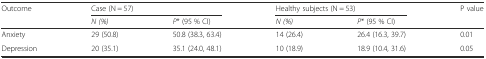
<table><thead><tr><td><b>Outcome</b></td><td colspan="2"><b>Case (N = 57)</b></td><td colspan="2"><b>Healthy subjects (N = 53)</b></td><td><b>P value</b></td></tr><tr><td></td><td><b><i>N (%)</i></b></td><td><b><i>P</i>* (95 % CI)</b></td><td><b><i>N (%)</i></b></td><td><b><i>P</i>* (95 % CI)</b></td><td></td></tr></thead><tbody><tr><td>Anxiety</td><td>29 (50.8)</td><td>50.8 (38.3, 63.4)</td><td>14 (26.4)</td><td>26.4 (16.3, 39.7)</td><td>0.01</td></tr><tr><td>Depression</td><td>20 (35.1)</td><td>35.1 (24.0, 48.1)</td><td>10 (18.9)</td><td>18.9 (10.4, 31.6)</td><td>0.05</td></tr></tbody></table>